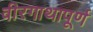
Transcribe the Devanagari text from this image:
वीरगाथापूर्ण